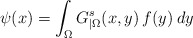
\begin{align*}\psi(x) = \int_\Omega G_{|\Omega}^s(x,y)\,f(y)\:dy\end{align*}